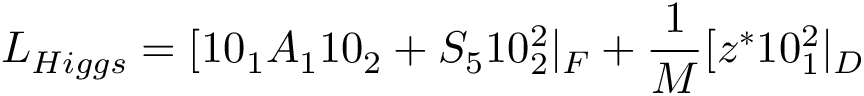
L _ { H i g g s } = [ 1 0 _ { 1 } A _ { 1 } 1 0 _ { 2 } + { \cal S } _ { 5 } 1 0 _ { 2 } ^ { 2 } | _ { F } + { \frac { 1 } { M } } [ z ^ { * } 1 0 _ { 1 } ^ { 2 } | _ { D }